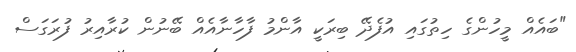
"ބައެއް މީހުންގެ ހިތުގައި އުފެދޭ ބިރަކީ އާންމު ފާހާނާއެއް ބޭނުން ކުރާއިރު ފުރަގަސް